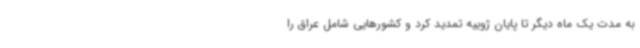
به مدت یک ماه دیگر تا پایان ژوییه تمدید کرد و کشورهایی شامل عراق را